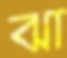
ঝা